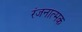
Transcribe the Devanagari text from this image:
रंजनात्मक